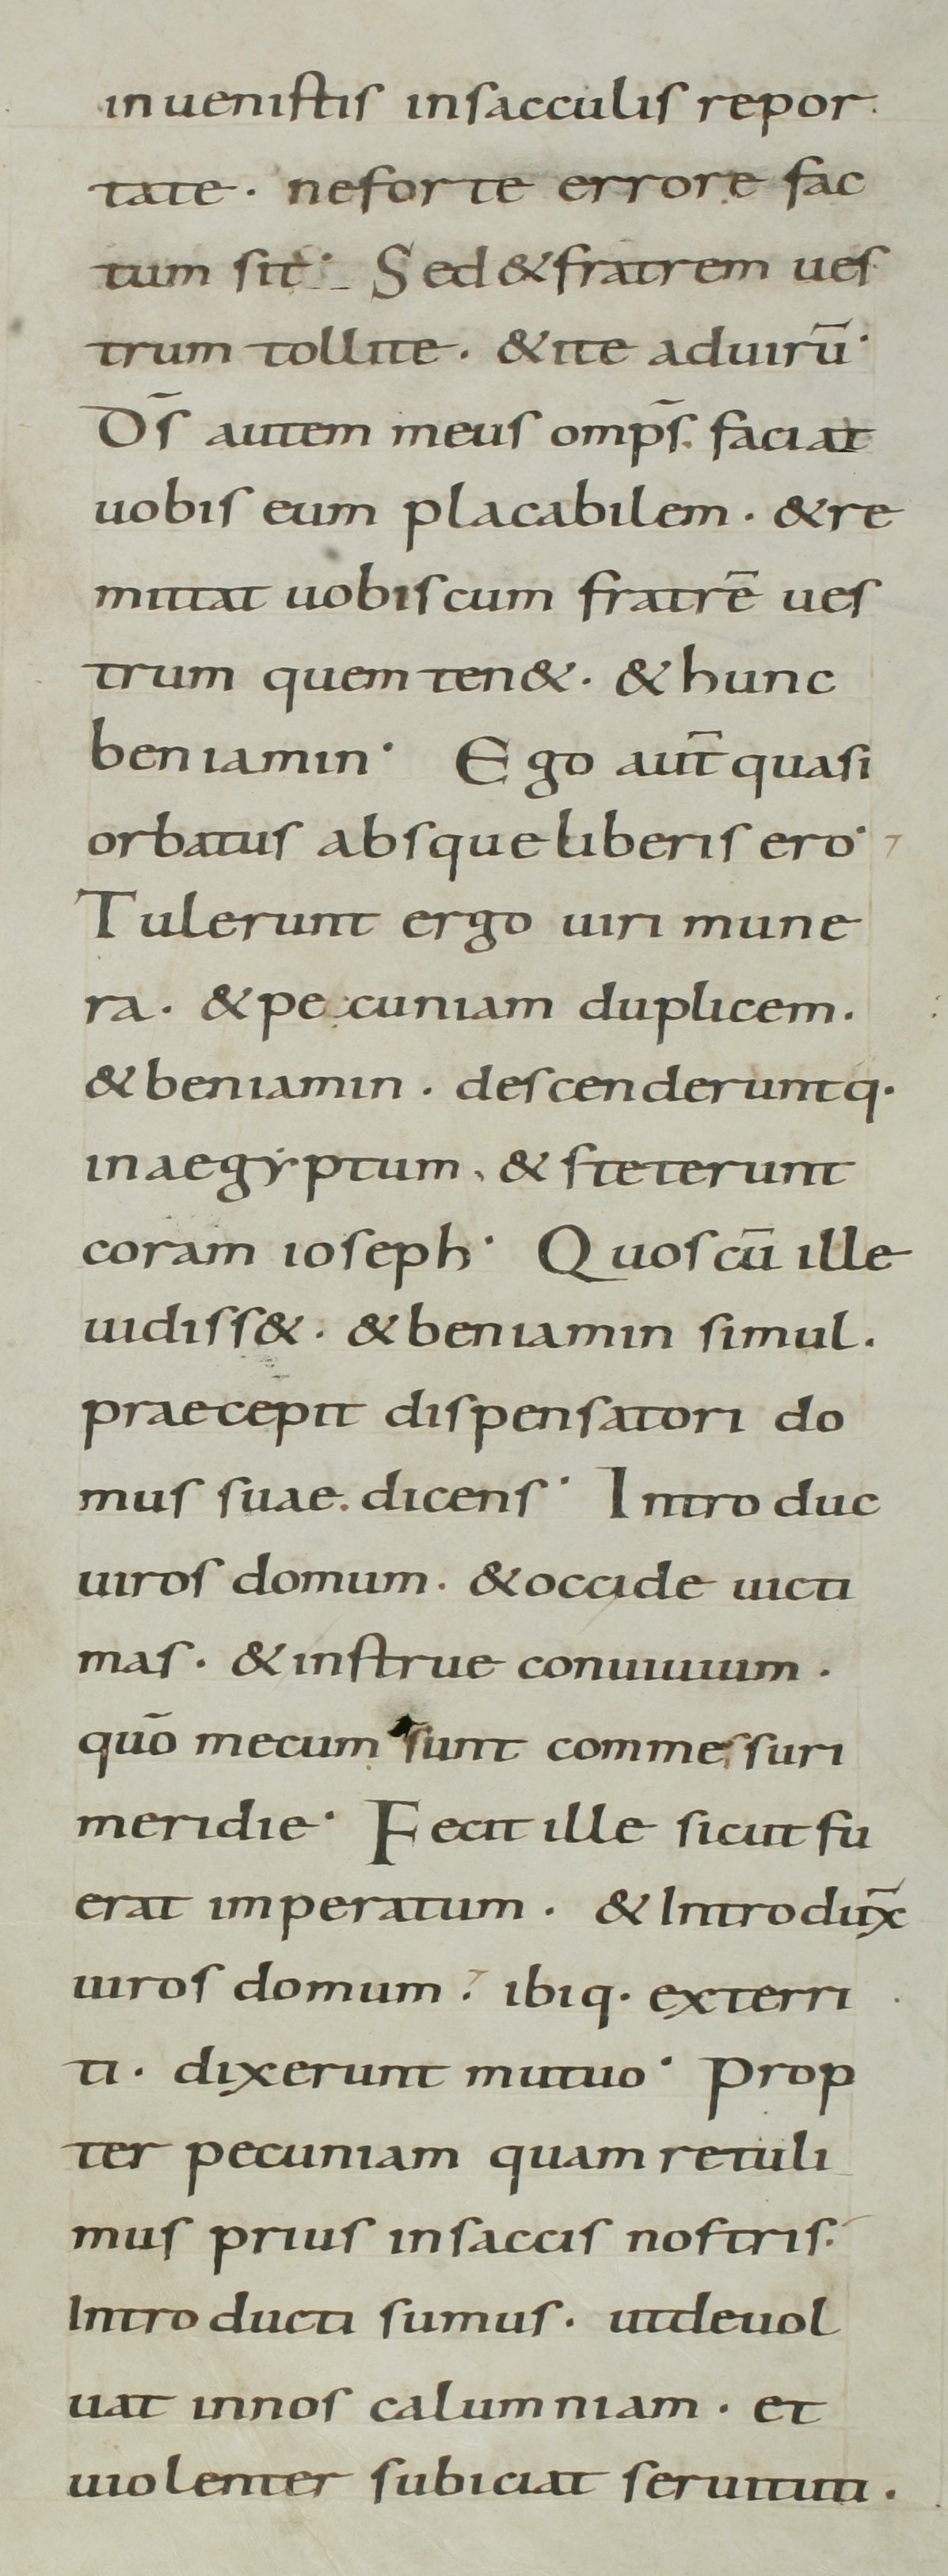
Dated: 800–899